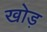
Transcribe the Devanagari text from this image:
खोड़